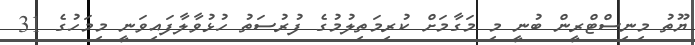
ޔޫތު މިނިސްޓްރީން ބުނީ މި މަގާމަށް ކުރިމަތިލުމުގެ ފުރުސަތު ހުޅުވާލާފައިވަނީ މިމަހުގެ 31